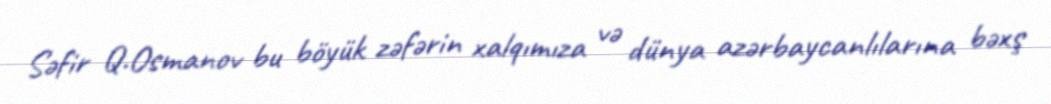
Səfir Q.Osmanov bu böyük zəfərin xalqımıza və dünya azərbaycanlılarına bəxş